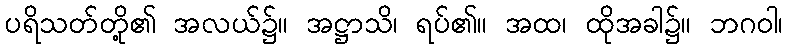
ပရိသတ်တို့၏ အလယ်၌။ အဋ္ဌာသိ၊ ရပ်၏။ အထ၊ ထိုအခါ၌။ ဘဂဝါ၊